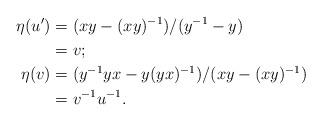
LaTeX: \begin{align*}\eta(u') &= (xy - (xy)^{-1})/(y^{-1} - y)\\& = v; \\\eta(v) &= (y^{-1}yx - y(yx)^{-1})/(xy - (xy)^{-1}) \\&= v^{-1}u^{-1}.\end{align*}